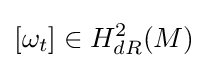
[\omega _{t}]\in H_{dR}^{2}(M)